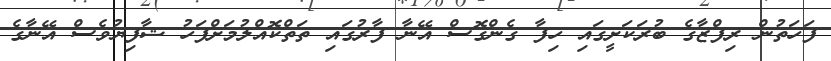
ފަހަތުން ރިފްޒާގެ ބުރަކަށީގައި ހިފާ ގެންގޮސް އޭނާ ފާރުގައި ތަތްކޮއްލުމަށްފަހު ޝާފިޔުވެސް އޭނާގެ